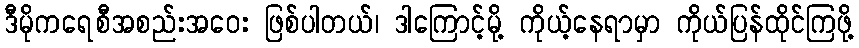
ဒီမိုကရေစီအစည်းအဝေး ဖြစ်ပါတယ်၊ ဒါကြောင့်မို့ ကိုယ့်နေရာမှာ ကိုယ်ပြန်ထိုင်ကြဖို့